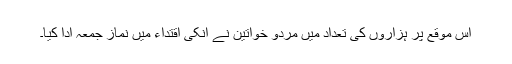
اس موقع پر ہزاروں کی تعداد میں مردو خواتین نے انکی اقتداء میں نماز جمعہ ادا کیا۔